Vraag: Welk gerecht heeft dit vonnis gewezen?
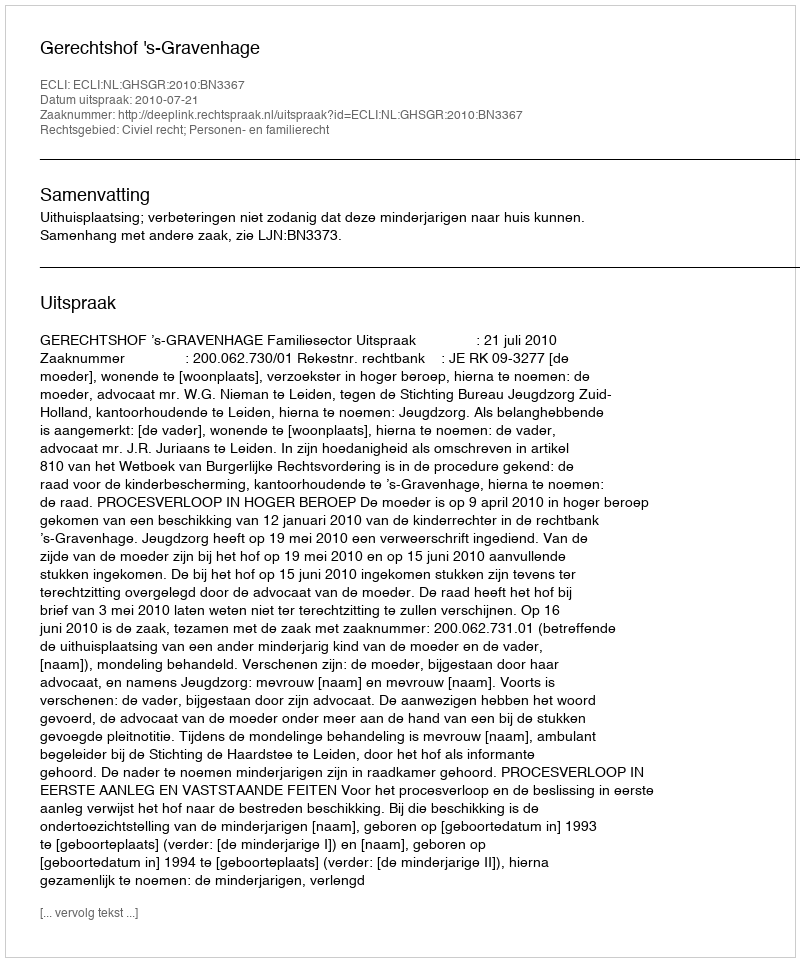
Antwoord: Gerechtshof 's-Gravenhage